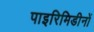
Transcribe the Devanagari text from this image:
पाइरिमिडीनों